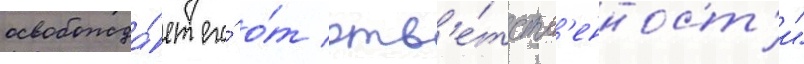
освобожда́ет его́ о́т отв'е́тств'енност'и"